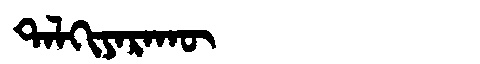
Manchu: ᡨᠠᠯᡴᡳᠶᠠᡵᠠᡴᡡ
Romanization: TALKIYARAKŪ